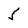
Character: 5